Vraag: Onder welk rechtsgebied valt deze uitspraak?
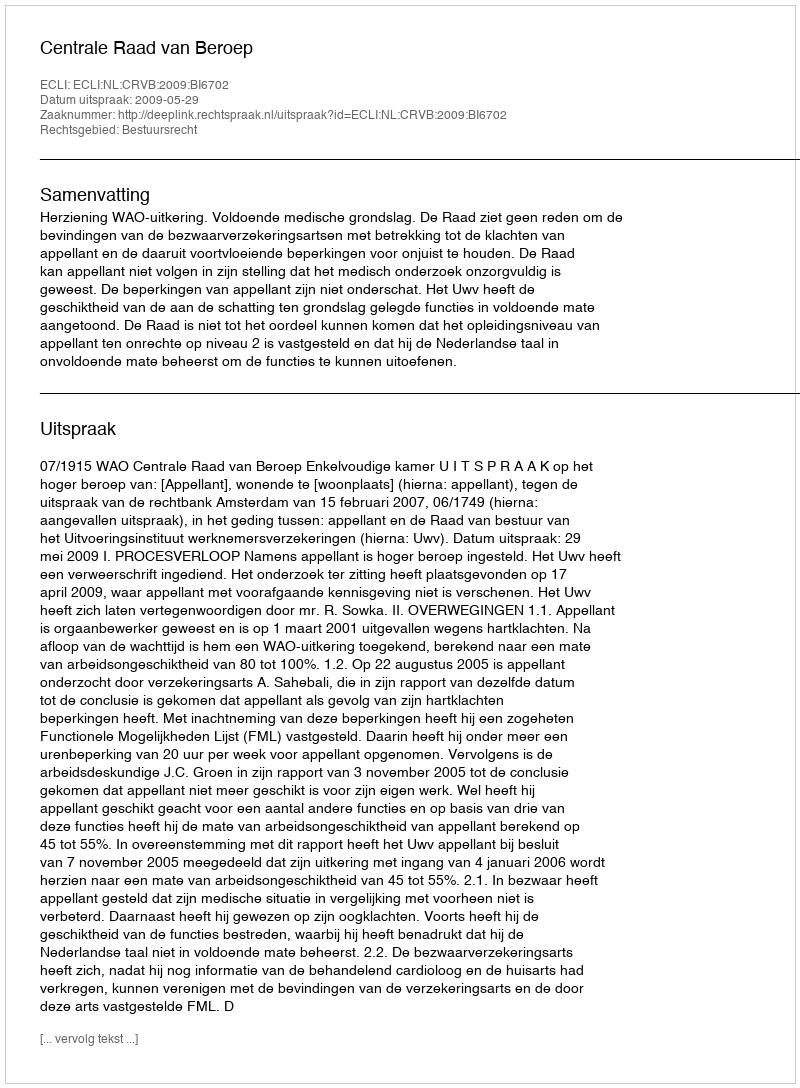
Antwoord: Bestuursrecht